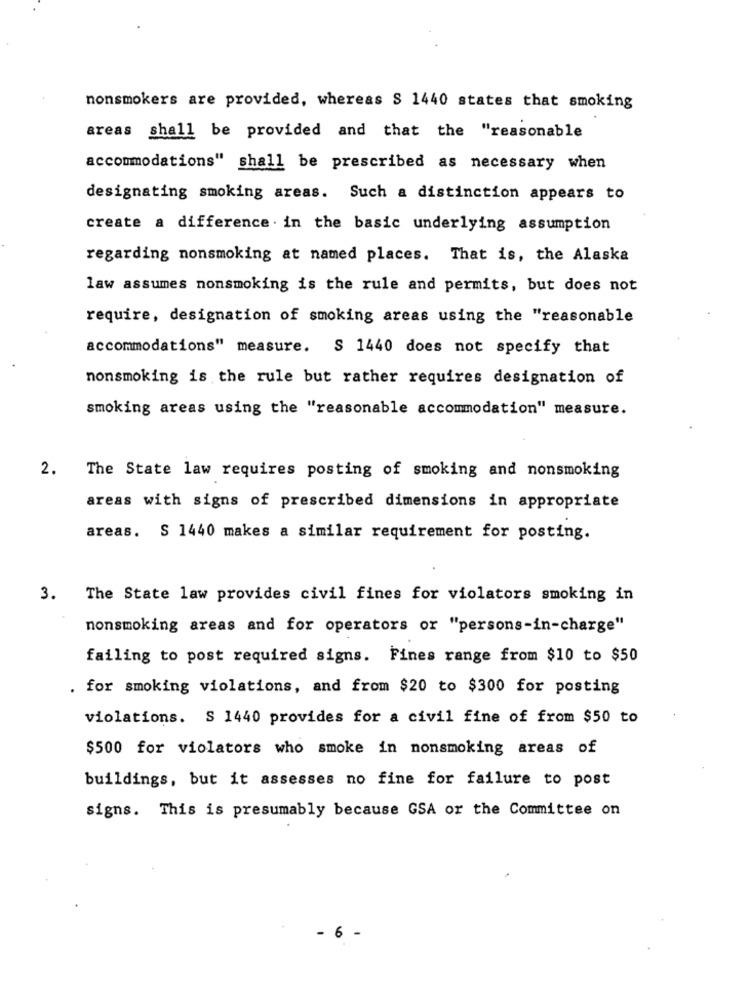
nonsmokers are provided, whereas S 1440 states that smoking
areas shall be provided and that the "reasonable
accommodations" shall be prescribed as necessary when
designating smoking areas. Such a distinction appears to
create a difference . in the basic underlying assumption
regarding nonsmoking at named places. That is, the Alaska
law assumes nonsmoking is the rule and permits, but does not
require, designation of smoking areas using the "reasonable
accommodations" measure. S 1440 does not specify that
nonsmoking is the rule but rather requires designation of
smoking areas using the "reasonable accommodation" measure.
2. The State law requires posting of smoking and nonsmoking
areas with signs of prescribed dimensions in appropriate
areas. S 1440 makes a similar requirement for posting.
3.
The State law provides civil fines for violators smoking in
nonsmoking areas and for operators or "persons-in-charge"
failing to post required signs. Fines range from $10 to $50
. for smoking violations, and from $20 to $300 for posting
violations. S 1440 provides for a civil fine of from $50 to
$500 for violators who smoke in nonsmoking areas of
buildings, but it assesses no fine for failure to post
signs. This is presumably because GSA or the Committee on
6 -